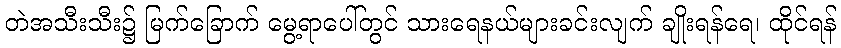
တဲအသီးသီး၌ မြက်ခြောက် မွေ့ရာပေါ်တွင် သားရေနယ်များခင်းလျက် ချိုးရန်ရေ၊ ထိုင်ရန်